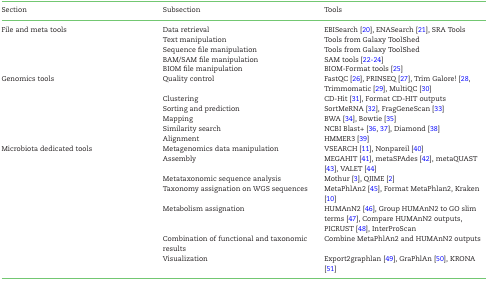
<table><thead><tr><td><b>Section</b></td><td><b>Subsection</b></td><td><b>Tools</b></td></tr></thead><tbody><tr><td>File and meta tools</td><td>Data retrieval</td><td>EBISearch [20], ENASearch [21], SRA Tools</td></tr><tr><td> </td><td>Text manipulation</td><td>Tools from Galaxy ToolShed</td></tr><tr><td> </td><td>Sequence file manipulation</td><td>Tools from Galaxy ToolShed</td></tr><tr><td> </td><td>BAM/SAM file manipulation</td><td>SAM tools [22-24]</td></tr><tr><td> </td><td>BIOM file manipulation</td><td>BIOM-Format tools [25]</td></tr><tr><td>Genomics tools</td><td>Quality control</td><td>FastQC [26], PRINSEQ [27], Trim Galore! [28, Trimmomatic [29], MultiQC [30]</td></tr><tr><td> </td><td>Clustering</td><td>CD-Hit [31], Format CD-HIT outputs</td></tr><tr><td> </td><td>Sorting and prediction</td><td>SortMeRNA [32], FragGeneScan [33]</td></tr><tr><td> </td><td>Mapping</td><td>BWA [34], Bowtie [35]</td></tr><tr><td> </td><td>Similarity search</td><td>NCBI Blast+ [36, 37], Diamond [38]</td></tr><tr><td> </td><td>Alignment</td><td>HMMER3 [39]</td></tr><tr><td>Microbiota dedicated tools</td><td>Metagenomics data manipulation</td><td>VSEARCH [11], Nonpareil [40]</td></tr><tr><td> </td><td>Assembly</td><td>MEGAHIT [41], metaSPAdes [42], metaQUAST [43], VALET [44]</td></tr><tr><td> </td><td>Metataxonomic sequence analysis</td><td>Mothur [3], QIIME [2]</td></tr><tr><td> </td><td>Taxonomy assignation on WGS sequences</td><td>MetaPhlAn2 [45], Format MetaPhlan2, Kraken [10]</td></tr><tr><td> </td><td>Metabolism assignation</td><td>HUMAnN2 [46], Group HUMAnN2 to GO slim terms [47], Compare HUMAnN2 outputs, PICRUST [48], InterProScan</td></tr><tr><td> </td><td>Combination of functional and taxonomic results</td><td>Combine MetaPhlAn2 and HUMAnN2 outputs</td></tr><tr><td> </td><td>Visualization</td><td>Export2graphlan [49], GraPhlAn [50], KRONA [51]</td></tr></tbody></table>